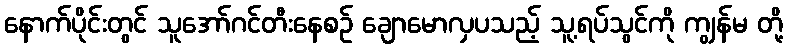
နောက်ပိုင်းတွင် သူအော်ဂင်တီးနေစဉ် ချောမောလှပသည့် သူ့ရပ်သွင်ကို ကျွန်မ တို့